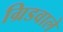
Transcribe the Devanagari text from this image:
ग्रिडवाले